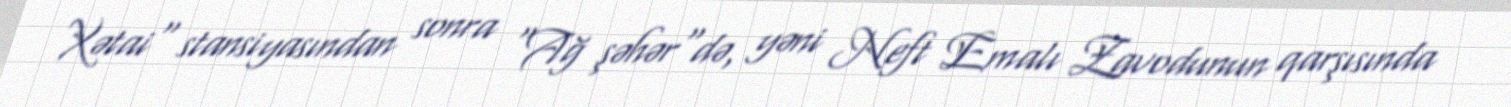
Xətai" stansiyasından sonra "Ağ şəhər"də, yəni Neft Emalı Zavodunun qarşısında